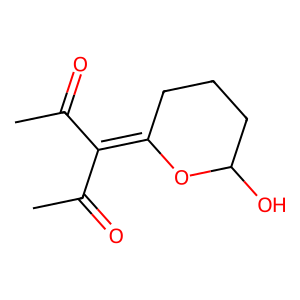
SMILES: CC(=O)C(C(C)=O)=C1CCCC(O)O1
Inhibits HIV replication: No